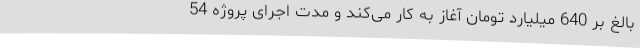
بالغ بر 640 میلیارد تومان آغاز به کار می‌کند و مدت اجرای پروژه 54